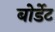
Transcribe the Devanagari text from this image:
बोर्डेट